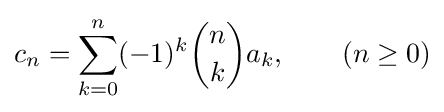
c_{n}=\sum _{k=0}^{n}(-1)^{k}{n \choose k}a_{k},\qquad (n\geq 0)